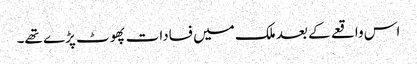
اس واقعے کے بعد ملک میں فسادات پھوٹ پڑے تھے۔